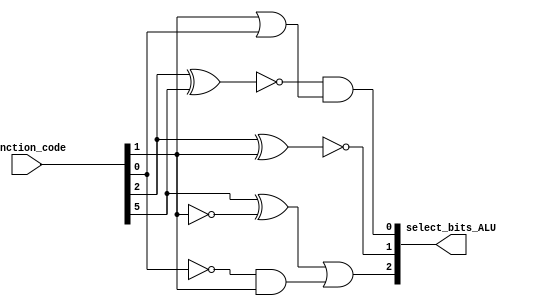
module control_unit(select_bits_ALU, function_code);

input [5:0] function_code;
output [2:0] select_bits_ALU;
wire w1,w2,w3,w4,w11,w13;

xnor xn1(w1,function_code[2],function_code[5]);
or or1(w4, function_code[1],function_code[0]);
and and1(select_bits_ALU[0], w1,w4); 	// select 0

xnor xn2(select_bits_ALU[1], function_code[2],function_code[1]); // select1

not n11(w2,function_code[1]);
not not1(w13,function_code[0]);
xor xor2(w3, function_code[5],w2);
and an3(w11,w13,function_code[1]);
or or4(select_bits_ALU[2],w3,w11); //select 2


endmodule